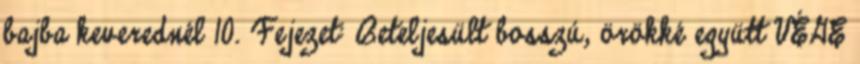
bajba keverednél 10. Fejezet: Beteljesült bosszú, örökké együtt VÉGE